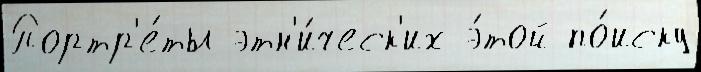
Портр'е́ты этн'и́ческ'их э́той по́иску